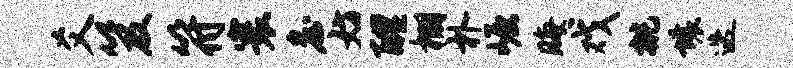
爻笈符寰詹妨醴棚朴崛晦戏挑壤迭